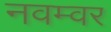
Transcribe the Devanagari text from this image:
नवम्‍वर